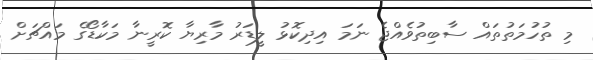
މި ތުހުމަތުތައް ސާބިތުވެއްޖެ ނަމަ އިދިކޮޅު ލީޑަރު މާރިޔާ ކޮރީނާ މަކާޑޯގެެ މައްޗަށް